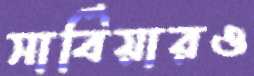
সার্বিয়ারও